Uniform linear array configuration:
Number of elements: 8
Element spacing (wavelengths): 0.75
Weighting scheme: cosine
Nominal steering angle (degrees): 60
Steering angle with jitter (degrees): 58.369
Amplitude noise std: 0.05
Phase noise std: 0.05

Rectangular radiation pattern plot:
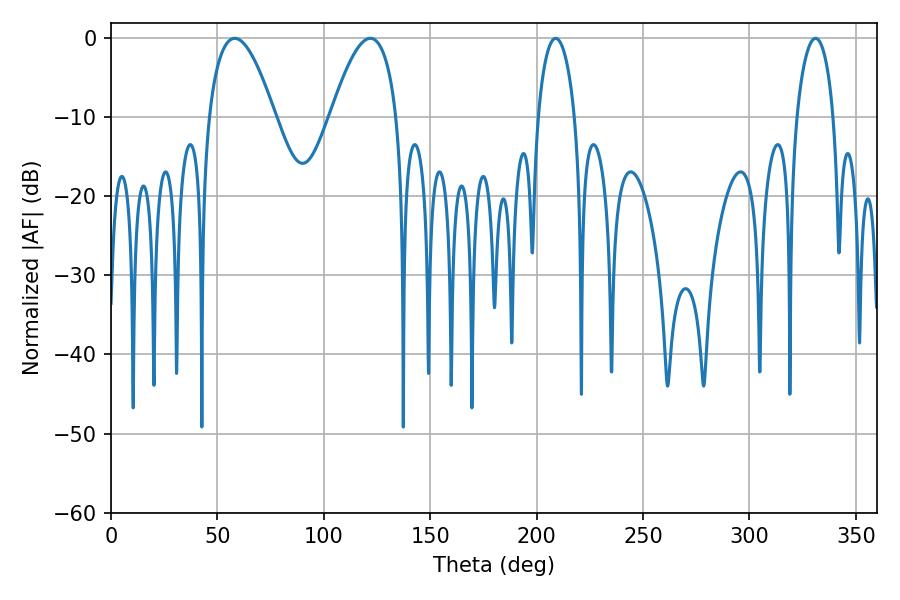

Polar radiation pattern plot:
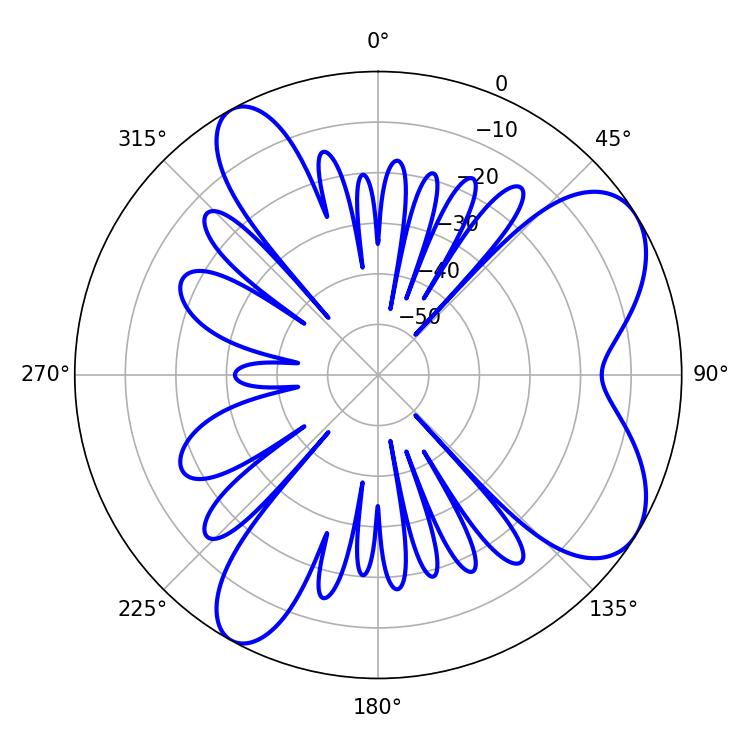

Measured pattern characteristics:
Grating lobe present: TRUE
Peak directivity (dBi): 7.27
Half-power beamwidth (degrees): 16.92
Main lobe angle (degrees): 58.14